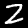
Label: 2